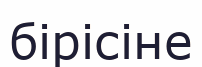
бірісіне